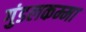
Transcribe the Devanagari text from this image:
गुंडलकम्मा